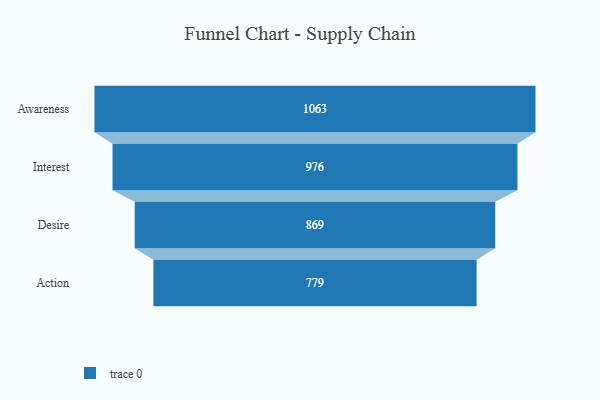
{"axis": {"x": "Stage", "y": "Value"}, "legend": [""], "data": [{"x": "Awareness", "y": 1063.0, "type": ""}, {"x": "Interest", "y": 976.0, "type": ""}, {"x": "Desire", "y": 869.0, "type": ""}, {"x": "Action", "y": 779.0, "type": ""}]}